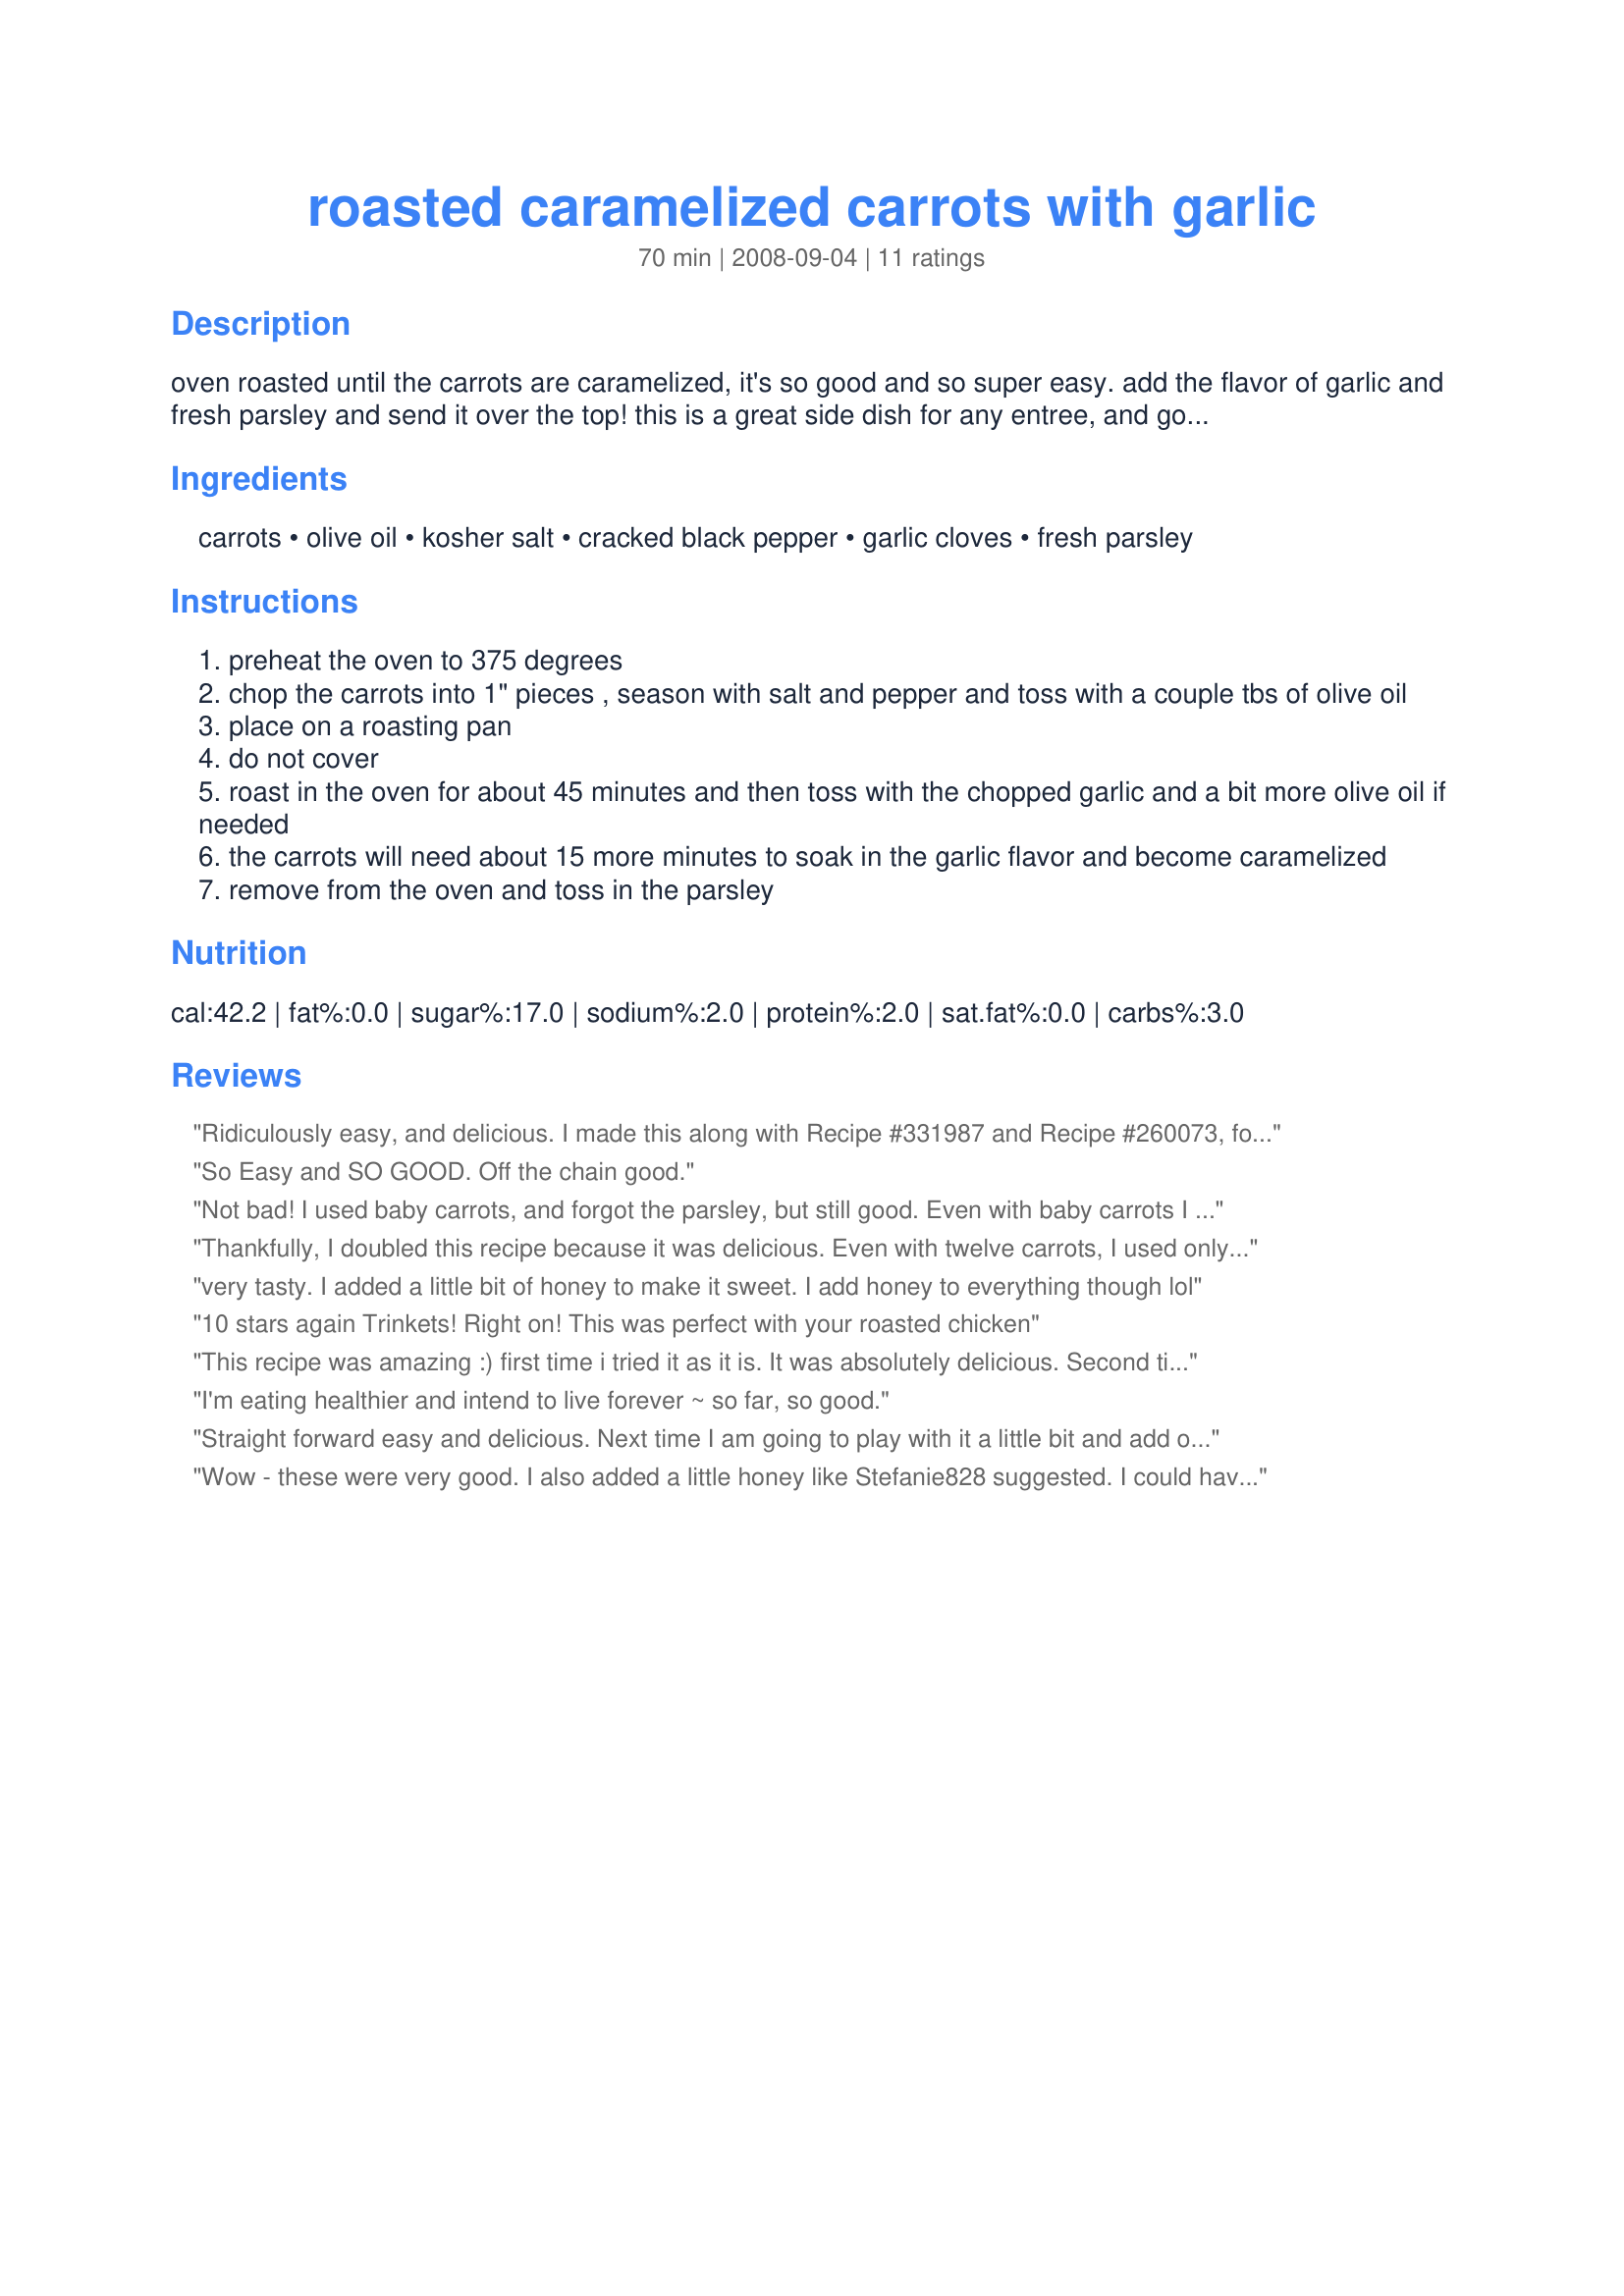
roasted caramelized carrots with garlic
Preparation time: 70 minutes

oven roasted until the carrots are caramelized, it's so good and so super easy. add the flavor of garlic and fresh parsley and send it over the top! this is a great side dish for any entree, and good enough to serve royalty! *please do not use the little carrots marketed as "baby carrots". those are cut out pieces from deformed whole carrots and preserved in a chlorine bath since the pieces no longer have a skin to preserve them. i don't suggest cooking with pool water, either!

Ingredients:
carrots, olive oil, kosher salt, cracked black pepper, garlic cloves, fresh parsley

Steps:
preheat the oven to 375 degrees
chop the carrots into 1" pieces , season with salt and pepper and toss with a couple tbs of olive oil
place on a roasting pan
do not cover
roast in the oven for about 45 minutes and then toss with the chopped garlic and a bit more olive oil if needed
the carrots will need about 15 more minutes to soak in the garlic flavor and become caramelized
remove from the oven and toss in the parsley

Reviews:
Ridiculously easy, and delicious. I made this along with Recipe #331987 and Recipe #260073, for a wonderful vegetarian supper, in fact I also made sesame green beans, for a colourful plate! What a great taste, these would go with anything, and so easy to pop in the oven while you are busy with other dishes, these will be on my Christmas menu!

Made for vegetarian swap#5, December 2008
So Easy and SO GOOD. Off the chain good.
Not bad! I used baby carrots, and forgot the parsley, but still good. Even with baby carrots I let it cook in a covered glass casserole the whole amount of time in the recipe for the initial roasting, then uncovered after adding garlic. I'm not sure that was right, as the recipe doesn't say whether to cover this dish or not. I think next time I'll throw my garlic in a bit earlier or let it cook a few extra minutes after I add it so it can roast a bit more and sweeten, but that's the only change I'd make. Kids didn't care for this, but I was prepared for that. ;-) Served with tequila lime chicken off this site. Thanks for sharing.
Thankfully, I doubled this recipe because it was delicious. Even with twelve carrots, I used only one tablespoon of olive oil because unlike with porous vegetables such as eggplant and zucchini, which absorb oil, carrots need only a small amount of oil to completely coat their firm texture. When I added the garlic, I did not stir. I just sprinkled the chopped garlic on top and roasted for the remaining time. Although I was out of parsley, Roasted Caramelized Carrots With Garlic tasted great without it. Thank you, Trinkets, for a savory side dish.
very tasty. I added a little bit of honey to make it sweet. I add honey to everything though lol
10 stars again Trinkets! Right on! This was perfect with your roasted chicken
This recipe was amazing :)
first time i tried it as it is. It was absolutely delicious. Second time, after 30 min i added some zucchini, tossed in some more olive oil, rosemary, white pepper. It was awesome. Third time i added with the carrots at the very beginning potatoes cut in halves together with spring onions, and a dash of onion powder and added the zucchini at the last 30 min as well. GREEEAAATTTT :) thanks for sharing :)
I'm eating healthier and intend to live forever ~ so far, so good.
Straight forward easy and delicious. Next time I am going to play with it a little bit and add other veggies for a good veggie side. Thank you for posting. Made for Fall PAC 09
Wow - these were very good. I also added a little honey like Stefanie828 suggested. I could have eaten all the carrots by myself. I've already put carrots on my grocery list so I can make this again. Thanks for an awesome recipe.
This is absolutely the best way to fix carrots. Very easy and in the last 15 minutes when you add the garlic, I added some Asparagus and red onion to the tray and it worked out as a great medley.
